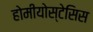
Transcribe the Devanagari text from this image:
होमीयोस्टेसिस